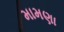
મામણા